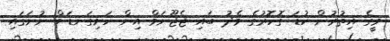
މީގެ އިތުރުން ކުޑަ ގޮހޮރުގެ މެދު ބައި ޖެޖޫނަމް އިން ހަށިގަނޑަށް ނުނަގައި